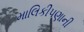
માલિકીપણાની